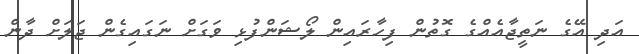
އަދި އޭގެ ނަތީޖާއެއްގެ ގޮތުން ފިހާރައިން ލޯޝަންފުޅި ވަގަށް ނަގައިގެން ޖަލަށް ދާން